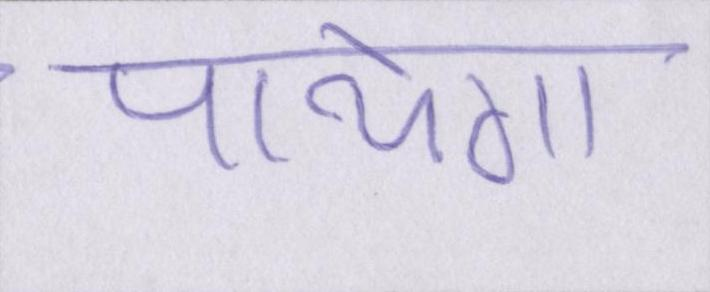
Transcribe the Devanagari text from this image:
पायेगा